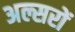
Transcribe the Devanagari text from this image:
अल्सरों